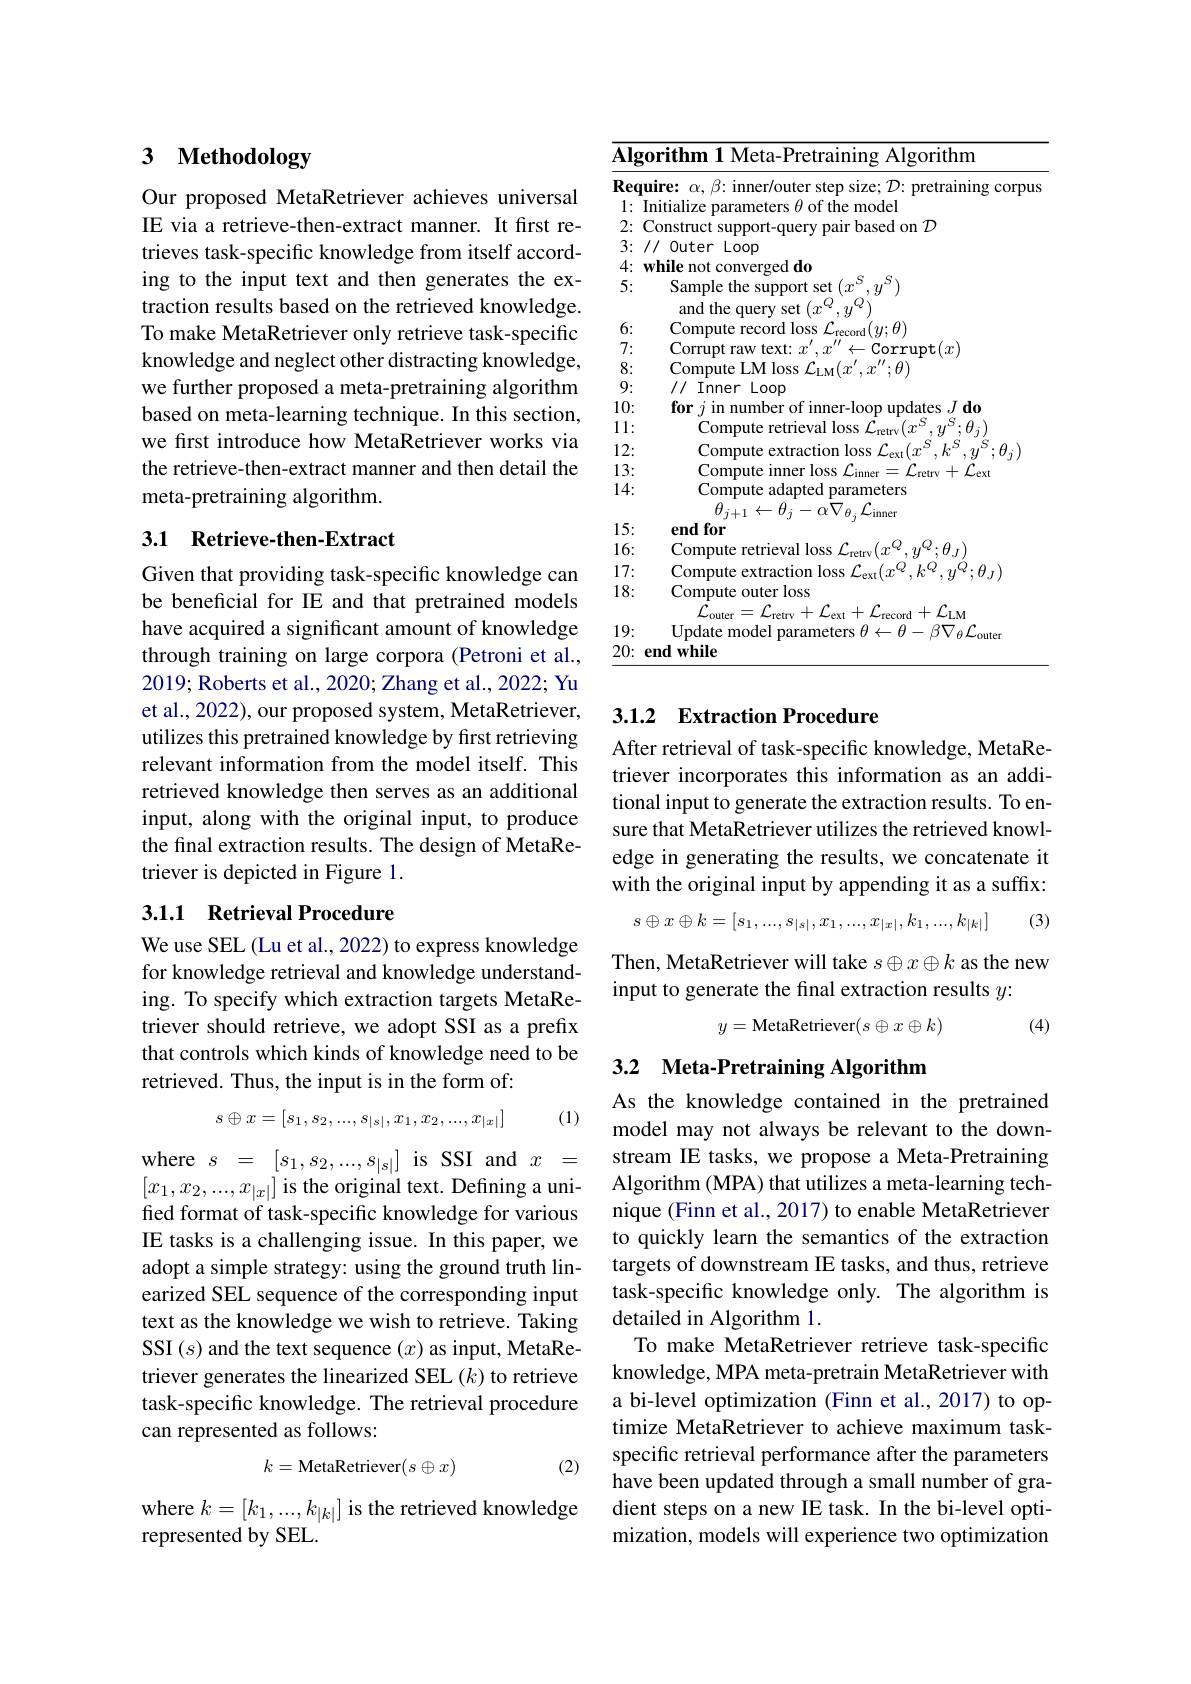
# 3 Methodology

Our proposed MetaRetriever achieves universal IE via a retrieve-then-extract manner. It first retrieves task-specific knowledge from itself according to the input text and then generates the extraction results based on the retrieved knowledge. To make MetaRetriever only retrieve task-specific knowledge and neglect other distracting knowledge, we further proposed a meta-pretraining algorithm based on meta-learning technique. In this section, we first introduce how MetaRetriever works via the retrieve-then-extract manner and then detail the meta-pretraining algorithm.

## 3.1 Retrieve-then-Extract

Given that providing task-specific knowledge can be beneficial for IE and that pretrained models have acquired a significant amount of knowledge through training on large corpora (Petroni et al., 2019; Roberts et al., 2020; Zhang et al., 2022; Yu et al., 2022), our proposed system, MetaRetriever, utilizes this pretrained knowledge by first retrieving relevant information from the model itself. This retrieved knowledge then serves as an additional input, along with the original input, to produce the final extraction results. The design of MetaRetriever is depicted in Figure 1.

### 3.1.1 Retrieval Procedure

We use SEL (Lu et al., 2022) to express knowledge for knowledge retrieval and knowledge understanding. To specify which extraction targets MetaRetriever should retrieve, we adopt SSI as a prefix that controls which kinds of knowledge need to be retrieved. Thus, the input is in the form of:

(1)
$$s\oplus x=[\begin{matrix}s_1,s_2,...,s_{|s|},x_1,x_2,...,x_{|x|}\end{matrix}]$$
where$s=[s_1,s_2,...,s_{|s|}]$isSSIand$x=$ $[x_1,x_2,...,x_{|x|}]$ is the original text. Defining a unified format of task-specific knowledge for various IE tasks is a challenging issue. In this paper, we adopt a simple strategy: using the ground truth linearized SEL sequence of the corresponding input text as the knowledge we wish to retrieve. Taking SSI $(s)$ and the text sequence $(x)$ as input, MetaRetriever generates the linearized SEL $(k)$ to retrieve task-specific knowledge. The retrieval procedure can represented as follows:
$$k=\text{MetaRetriever}(s\oplus x)$$
(2)

where $k=[k_1,...,k_{|k|}]$ is the retrieved knowledge
represented by SEL.

<table>
	<tbody>
		<tr>
			<td>$\overline{\mathbf{Alg}}$</td>
			<td>$\textbf{orithm 1 Meta- Pretraining Algorithm}$</td>
		</tr>
		<tr>
			<td>Req</td>
			<td> </td>
		</tr>
		<tr>
			<td>1 1</td>
			<td>$\mathrm{md}_{\mathbf{p}}$</td>
		</tr>
		<tr>
			<td>2:</td>
			<td>Onstrict hasen 1 on 70</td>
		</tr>
		<tr>
			<td>3:</td>
			<td>$OOD$ $0_{11}+\dot{\rho}$</td>
		</tr>
		<tr>
			<td>4:</td>
			<td>$\mid d_{0}$ mn</td>
		</tr>
		<tr>
			<td>5:</td>
			<td>Sample the support set $(x$</td>
		</tr>
		<tr>
			<td>6:</td>
			<td> comr</td>
		</tr>
		<tr>
			<td>7:</td>
			<td>Cormnt $ff$ corrupt$( x)$</td>
		</tr>
		<tr>
			<td>8:</td>
			<td>Comnute $^{\prime}\cdot\theta^{\prime}$</td>
		</tr>
		<tr>
			<td>9:</td>
			<td>Inner Loop 11</td>
		</tr>
		<tr>
			<td>10:</td>
			<td>$\therefore J$ $d_{0}$</td>
		</tr>
		<tr>
			<td>1 1</td>
			<td>$18s$</td>
		</tr>
		<tr>
			<td>12:</td>
			<td> </td>
		</tr>
		<tr>
			<td>13:</td>
			<td> </td>
		</tr>
		<tr>
			<td>14 </td>
			<td>Compute adapted parameters</td>
		</tr>
		<tr>
			<td>15:</td>
			<td>end $\frac{1}{2}=\frac{1}{2}$ for</td>
		</tr>
		<tr>
			<td>16:</td>
			<td>$\cdot H$</td>
		</tr>
		<tr>
			<td>17:</td>
			<td> </td>
		</tr>
		<tr>
			<td>18: </td>
			<td>Compute outer loss</td>
		</tr>
		<tr>
			<td>1! 9: 1 </td>
			<td>afp mi</td>
		</tr>
		<tr>
			<td>20:</td>
			<td>while emd</td>
		</tr>
	</tbody>
</table>

## 3.1.2 Extraction Procedure

After retrieval of task-specific knowledge, MetaRetriever incorporates this information as an additional input to generate the extraction results. To ensure that MetaRetriever utilizes the retrieved knowledge in generating the results, we concatenate it with the original input by appending it as a suffix:

(3)
$$s\oplus x\oplus k=[s_1,...,s_{|s|},x_1,...,x_{|x|},k_1,...,k_{|k|}]$$
Then, MetaRetriever will take $s\oplus x\oplus k$ as the new
input to generate the final extraction results $y{:}$
$$y=\text{MetaRetriever}(s\oplus x\oplus k)$$
(4)

# 3.2 Meta-Pretraining Algorithm

As the knowledge contained in the pretrained model may not always be relevant to the downstream IE tasks, we propose a Meta-Pretraining Algorithm (MPA) that utilizes a meta-learning technique (Finn et al., 2017) to enable MetaRetriever to quickly learn the semantics of the extraction targets of downstream IE tasks, and thus, retrieve task-specific knowledge only. The algorithm is detailed in Algorithm 1.
To make MetaRetriever retrieve task-specific knowledge, MPA meta-pretrain MetaRetriever with a bi-level optimization (Finn et al., 2017) to optimize MetaRetriever to achieve maximum taskspecific retrieval performance after the parameters have been updated through a small number of gradient steps on a new IE task. In the bi-level optimization, models will experience two optimization